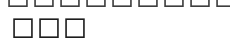
١٩٥